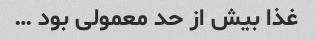
غذا بیش از حد معمولى بود …